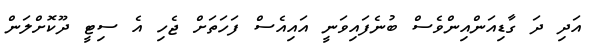
އަދި ދަ ގާޑިއަންއިންވެސް ބުނެފައިވަނީ އައިއެސް ފަހަތަށް ޖެހި އެ ސިޓީ ދޫކޮށްލަން